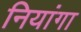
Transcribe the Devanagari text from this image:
नियांगा